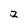
Character: 2